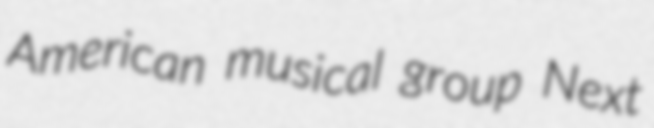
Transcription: American musical group Next